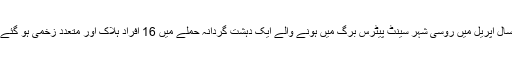
رواں سال اپریل میں روسی شہر سینٹ پیٹرس برگ میں ہونے والے ایک دہشت گردانہ حملے میں 16 افراد ہلاک اور متعدد زخمی ہو گئے تھے۔